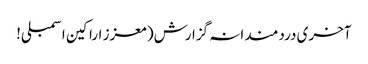
آخری دردمندانہ گزارش( معزز اراکین اسمبلی!